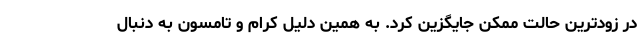
در زودترین حالت ممکن جایگزین کرد. به همین دلیل کرام و تامسون به دنبال